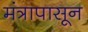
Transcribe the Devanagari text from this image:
मंत्रापासून